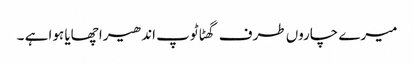
میرے چاروں طرف گھٹا ٹوپ اندھیرا چھایا ہوا ہے ۔